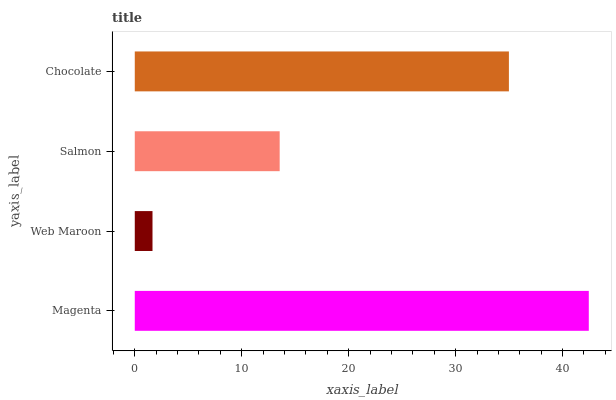
| yaxis_label | bars |
 | --- | --- |
 | Magenta | 42.5 |
 | Web Maroon | 1.66 |
 | Salmon | 13.5 |
 | Chocolate | 35 |